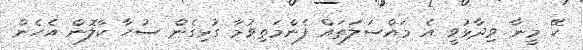
ކޭ މީނާ ވިދާޅުވީ އެ މައްސަލަތައް ފެންމަތިވުމާ ގުޅިގެން ސުހާ ކާލޮން އެހެން